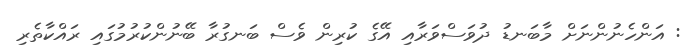
: އަންހެނުންނަށް މާބަނޑު ދުވަސްވަރާއި އޭގެ ކުރިން ވެސް ބަނގުރާ ބޭނުންކުރުމުގައި ރައްކާތެރި